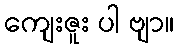
ကျေးဇူး ပါ ဗျာ။